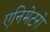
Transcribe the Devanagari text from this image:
एनिमेटरो